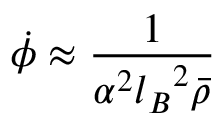
\dot { \phi } \approx { \frac { 1 } { \alpha ^ { 2 } { l _ { B } } ^ { 2 } \bar { \rho } } }